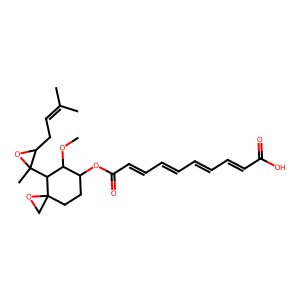
SMILES: COC1C(OC(=O)C=CC=CC=CC=CC(=O)O)CCC2(CO2)C1C1(C)OC1CC=C(C)C
Inhibits HIV replication: Yes